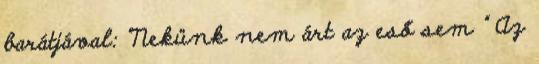
barátjával: "Nekünk nem árt az eső sem " Az